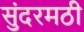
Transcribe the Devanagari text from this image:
सुंदरमठी